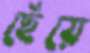
ছেঁয়ে